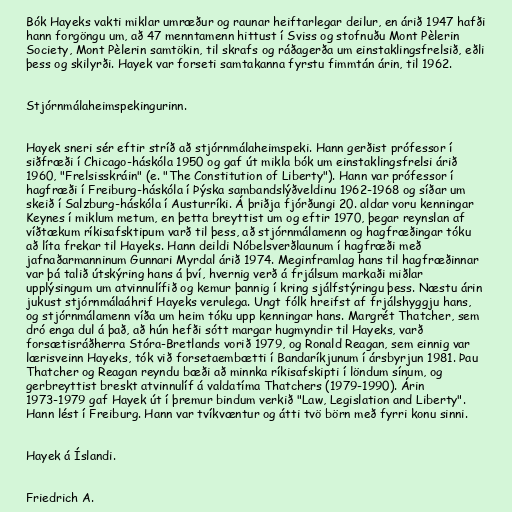
Bók Hayeks vakti miklar umræður og raunar heiftarlegar deilur, en árið 1947 hafði
hann forgöngu um, að 47 menntamenn hittust í Sviss og stofnuðu Mont Pèlerin
Society, Mont Pèlerin samtökin, til skrafs og ráðagerða um einstaklingsfrelsið, eðli
þess og skilyrði. Hayek var forseti samtakanna fyrstu fimmtán árin, til 1962.

Stjórnmálaheimspekingurinn.

Hayek sneri sér eftir stríð að stjórnmálaheimspeki. Hann gerðist prófessor í
siðfræði í Chicago-háskóla 1950 og gaf út mikla bók um einstaklingsfrelsi árið
1960, "Frelsisskráin" (e. "The Constitution of Liberty"). Hann var prófessor í
hagfræði í Freiburg-háskóla í Þýska sambandslýðveldinu 1962-1968 og síðar um
skeið í Salzburg-háskóla í Austurríki. Á þriðja fjórðungi 20. aldar voru kenningar
Keynes í miklum metum, en þetta breyttist um og eftir 1970, þegar reynslan af
víðtækum ríkisafsktipum varð til þess, að stjórnmálamenn og hagfræðingar tóku
að líta frekar til Hayeks. Hann deildi Nóbelsverðlaunum í hagfræði með
jafnaðarmanninum Gunnari Myrdal árið 1974. Meginframlag hans til hagfræðinnar
var þá talið útskýring hans á því, hvernig verð á frjálsum markaði miðlar
upplýsingum um atvinnulífið og kemur þannig í kring sjálfstýringu þess. Næstu árin
jukust stjórnmálaáhrif Hayeks verulega. Ungt fólk hreifst af frjálshyggju hans,
og stjórnmálamenn víða um heim tóku upp kenningar hans. Margrét Thatcher, sem
dró enga dul á það, að hún hefði sótt margar hugmyndir til Hayeks, varð
forsætisráðherra Stóra-Bretlands vorið 1979, og Ronald Reagan, sem einnig var
lærisveinn Hayeks, tók við forsetaembætti í Bandaríkjunum í ársbyrjun 1981. Þau
Thatcher og Reagan reyndu bæði að minnka ríkisafskipti í löndum sínum, og
gerbreyttist breskt atvinnulíf á valdatíma Thatchers (1979-1990). Árin
1973-1979 gaf Hayek út í þremur bindum verkið "Law, Legislation and Liberty".
Hann lést í Freiburg. Hann var tvíkvæntur og átti tvö börn með fyrri konu sinni.

Hayek á Íslandi.

Friedrich A.